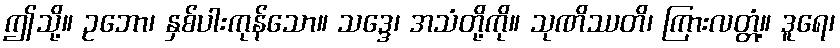
ဤသို့။ ဥဘော၊ နှစ်ပါးကုန်သော။ သဒ္ဒေ၊ အသံတို့ကို။ သုဏိဿတိ၊ ကြားလတ္တံ့။ ဒူရေ၊